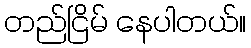
တည်ငြိမ် နေပါတယ်။